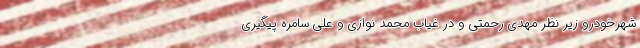
شهرخودرو زیر نظر مهدی رحمتی و در غیاب محمد نوازی و علی سامره پیگیری